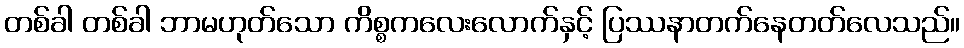
တစ်ခါ တစ်ခါ ဘာမဟုတ်သော ကိစ္စကလေးလောက်နှင့် ပြဿနာတက်နေတတ်လေသည်။